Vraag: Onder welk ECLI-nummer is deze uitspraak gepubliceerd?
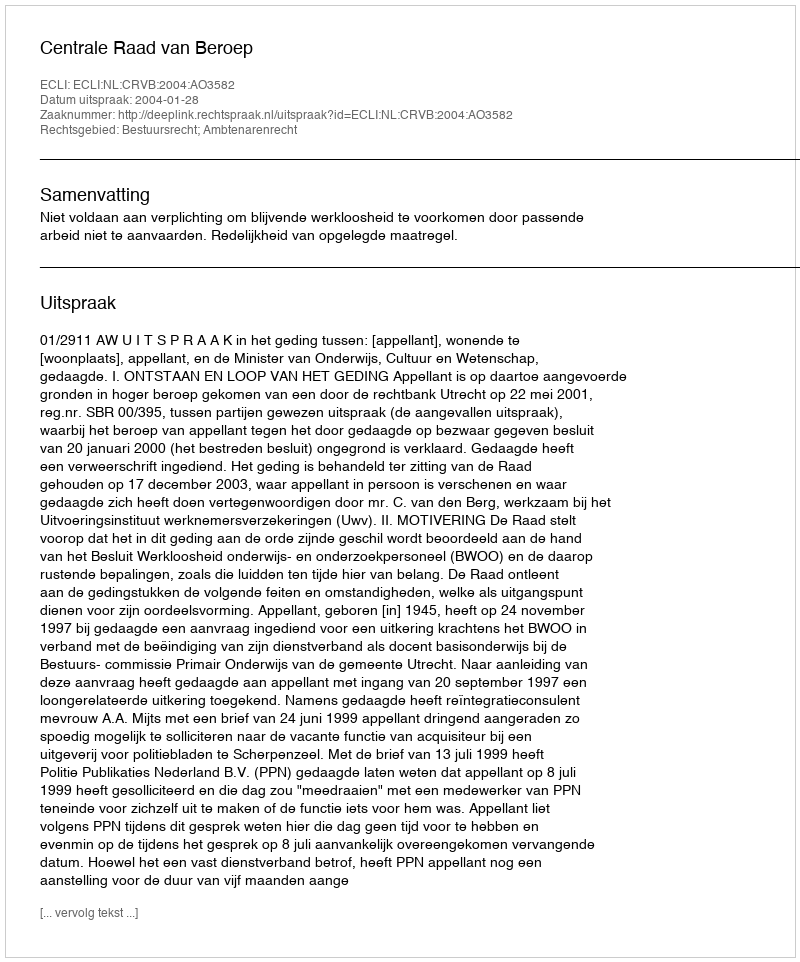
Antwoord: ECLI:NL:CRVB:2004:AO3582